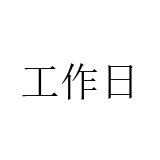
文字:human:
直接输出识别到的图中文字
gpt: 工作日